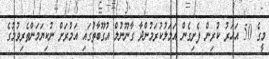
މީގެ 50 އަހަރު ކުރިން ފެށިގެން އަމަލުކުރަމުންދާ ގާނޫނުލް އުގޫބާތުގައި އަމުރަށް ނުކިޔަމަންތެރިވުމުގެ